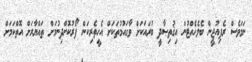
ނަމަވެސް ރެފިއުޖީން ބެލެހެއްޓުން އިޤުތިޞާދީ ބުރައަކަށް ވާގައުމުތަކަށް އެހީތެރިކަން ފޯރުކޮށްދިނުމަށް ތައްޔާރަށް އޮތްކަމަށް